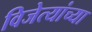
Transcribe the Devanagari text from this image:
विजेत्यांच्या